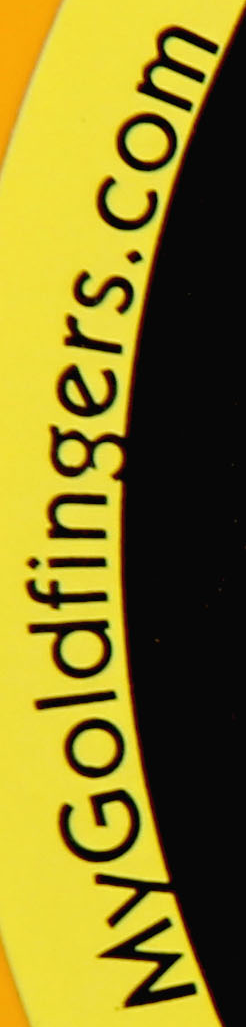
MyGoldfingers.com